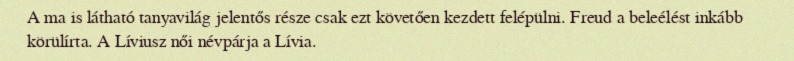
A ma is látható tanyavilág jelentős része csak ezt követően kezdett felépülni. Freud a beleélést inkább körülírta. A Líviusz női névpárja a Lívia.